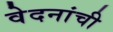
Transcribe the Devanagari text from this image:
वेदनांची